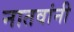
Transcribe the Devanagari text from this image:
नातवांनी